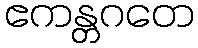
ဧကန္တဂတေ